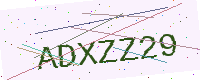
Text: ADXZZ29